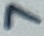
Text: 7